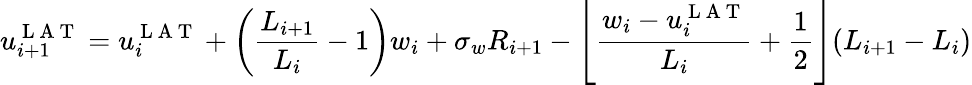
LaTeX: u_{i+1}^{\mathrm{~L~A~T~}}=u_{i}^{\mathrm{~L~A~T~}}+\bigg(\frac{L_{i+1}}{L_{i}}-1\bigg)w_{i}+\sigma_{w}R_{i+1}-\left\lfloor\frac{w_{i}-u_{i}^{\mathrm{~L~A~T~}}}{L_{i}}+\frac{1}{2}\right\rfloor(L_{i+1}-L_{i})